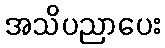
အသိပညာပေး